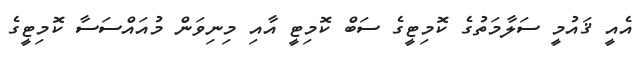
އެއީ ޤައުމީ ސަލާމަތުގެ ކޮމިޓީގެ ސަބް ކޮމިޓީ އާއި މިނިވަން މުއައްސަސާ ކޮމިޓީގެ